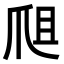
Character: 𤔈